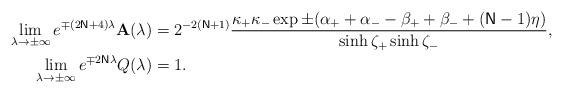
LaTeX: \begin{align*}\lim_{\lambda \rightarrow \pm \infty }e^{\mp (2\mathsf{N}+4)\lambda }\mathbf{A}(\lambda )& =2^{-2(\mathsf{N}+1)}\frac{\kappa _{+}\kappa _{-}\exp \pm(\alpha _{+}+\alpha _{-}-\beta _{+}+\beta _{-}+(\mathsf{N}-1)\eta )}{\sinh\zeta _{+}\sinh \zeta _{-}}, \\\lim_{\lambda \rightarrow \pm \infty }e^{\mp 2\mathsf{N}\lambda }Q(\lambda)& =1.\end{align*}